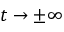
t \to \pm \infty